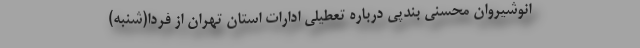
انوشیروان محسنی بندپی درباره تعطیلی ادارات استان تهران از فردا(شنبه)